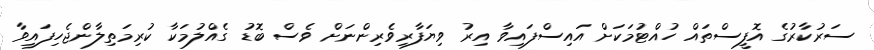
ސަރުކާރުގެ އޮފީސްތައް ހުއްޓުމަކަށް އައިސްފައިވާ އިރު ވިޔަފާރިވެރިންނަށް ވެސް ބޮޑު ގެއްލުމަކާ ކުރިމަތިލާންޖެހިފައިވާ